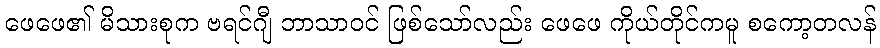
ဖေဖေ၏ မိသားစုက ဗရင်ဂျီ ဘာသာဝင် ဖြစ်သော်လည်း ဖေဖေ ကိုယ်တိုင်ကမူ စကော့တလန်